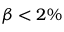
\beta < 2 \%